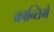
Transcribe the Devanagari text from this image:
क्रान्तिमे